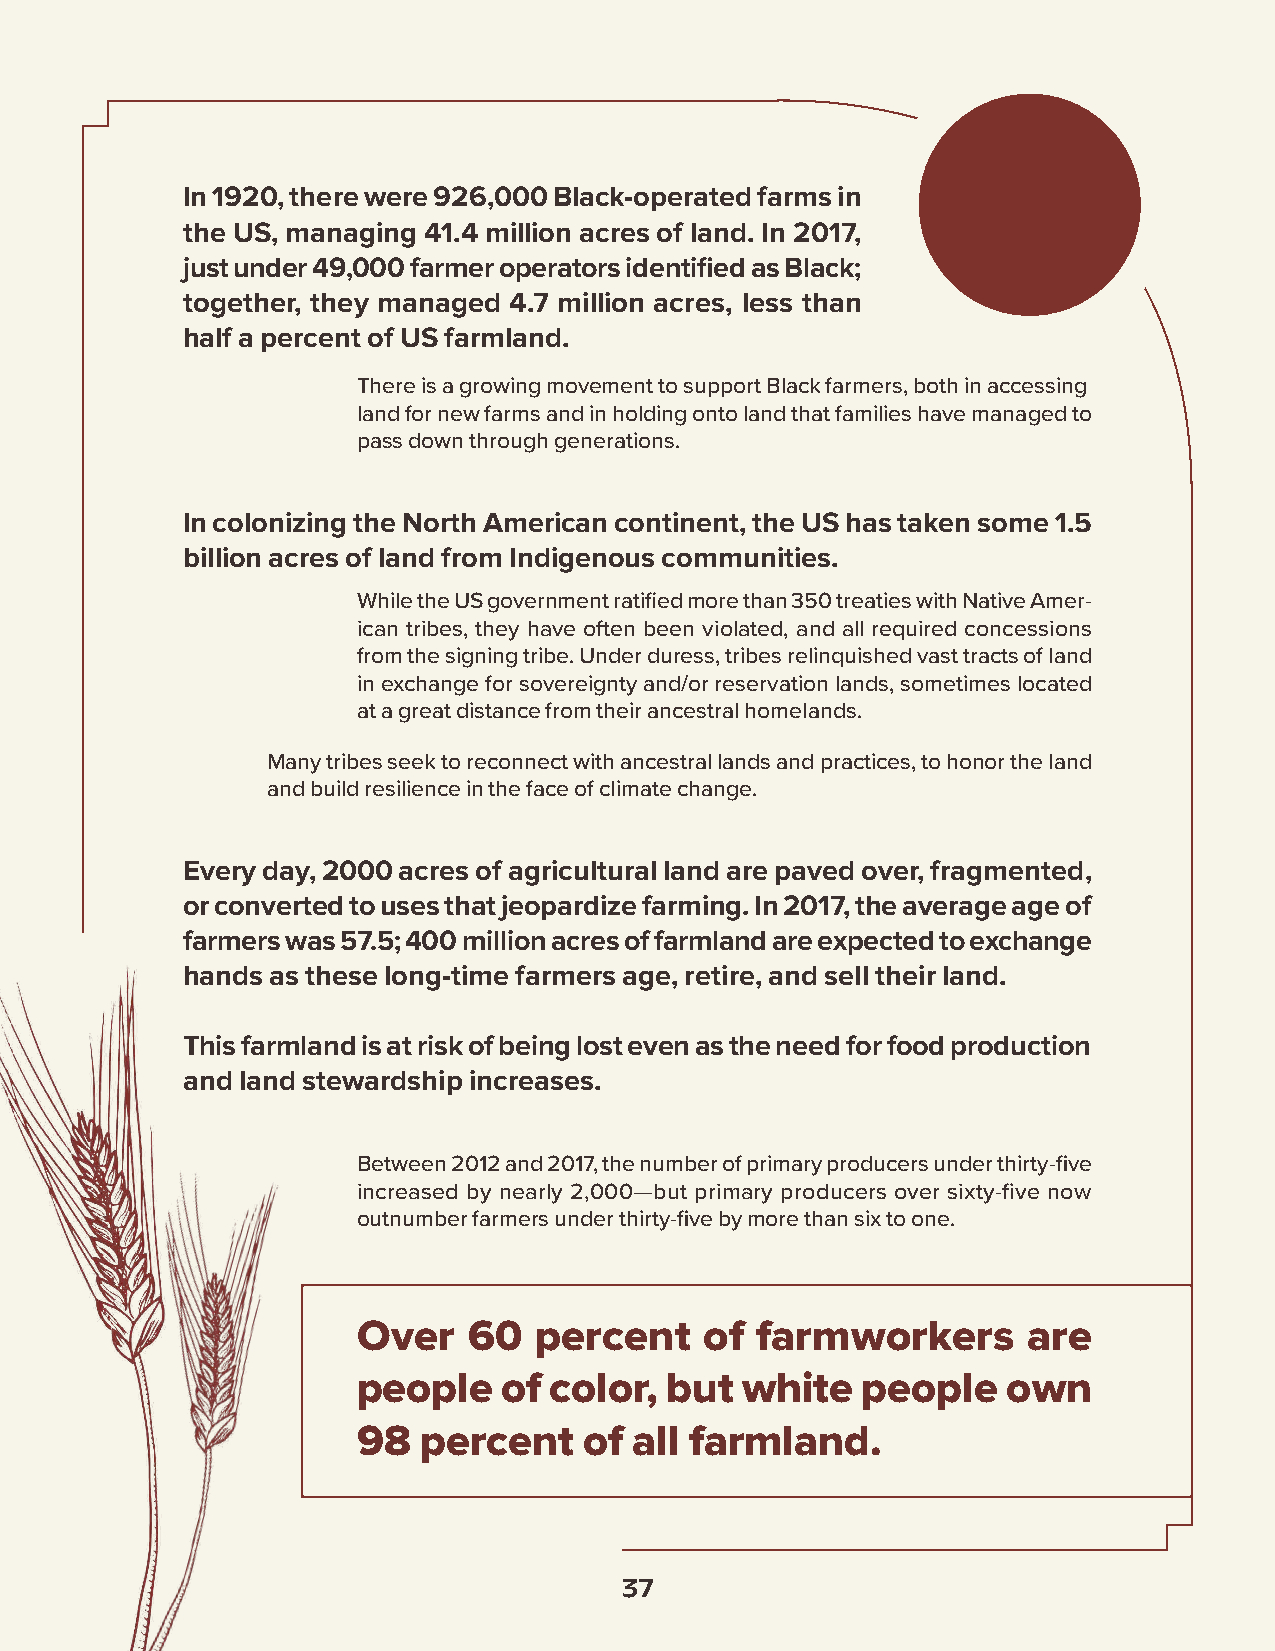
In 1920, there were 926,000 Black-operated farms in
 the US, managing 41.4 million acres of land. In 2017,
 just under 49,000 farmer operators identified as Black;
 together, they managed 4.7 million acres, less than
 half a percent of US farmland.
 There is a growing movement to support Black farmers, both in accessing
 land for new farms and in holding onto land that families have managed to
 pass down through generations.
 In colonizing the North American continent, the US has taken some 1.5
 billion acres of land from Indigenous communities.
 While the US government ratified more than 350 treaties with Native Amer-
 ican tribes, they have often been violated, and all required concessions
 from the signing tribe. Under duress, tribes relinquished vast tracts of land
 in exchange for sovereignty and/or reservation lands, sometimes located
 at a great distance from their ancestral homelands.
 Many tribes seek to reconnect with ancestral lands and practices, to honor the land
 and build resilience in the face of climate change.
 Every day, 2000 acres of agricultural land are paved over, fragmented,
 or converted to uses that jeopardize farming. In 2017, the average age of
 farmers was 57.5; 400 million acres of farmland are expected to exchange
 hands as these long-time farmers age, retire, and sell their land.
 This farmland is at risk of being lost even as the need for food production
 and land stewardship increases.
 Between 2012 and 2017, the number of primary producers under thirty-five
 increased by nearly 2,000—but primary producers over sixty-five now
 outnumber farmers under thirty-five by more than six to one.
 Over   60  percent     of farmworkers       are
 people   of color,  but  white   people    own
 98  percent    of all farmland.
 37